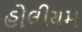
હોલીયમ